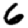
Digit: 6